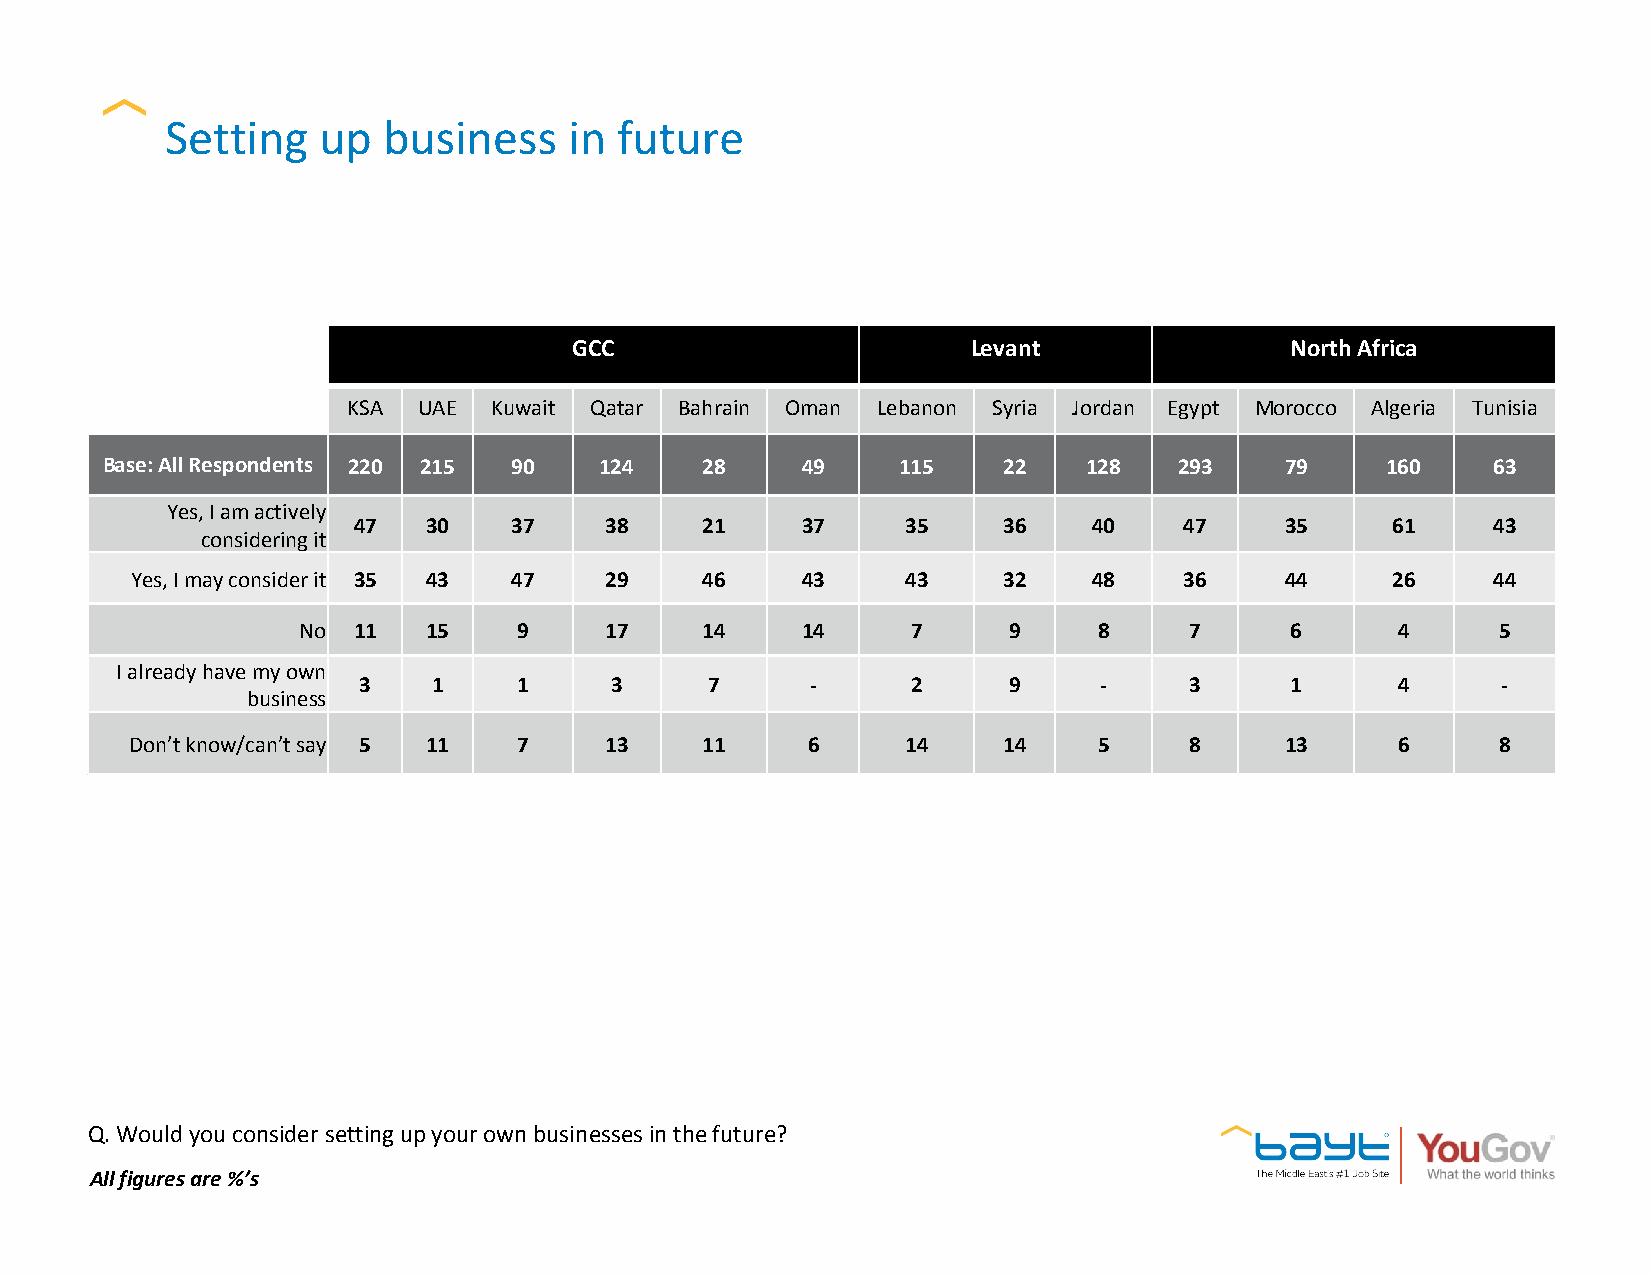
Setting   up  business     in future
 GCC                       Levant               North Africa
 KSA  UAE Kuwait Qatar Bahrain Oman Lebanon Syria Jordan Egypt Morocco Algeria Tunisia
 Base: All Respondents 220 215 90 124   28     49    115    22    128   293    79     160    63
 Yes, I am actively
 47   30    37    38    21     37     35    36    40    47     35     61     43
 considering it
 Yes, I may consider it 35 43 47 29   46     43     43    32    48    36     44     26     44
 No 11   15    9     17    14     14     7      9     8     7     6      4      5
 I already have my own
 3    1    1     3      7      -     2      9     -     3     1      4      -
 business
 Don’t know/can’t say 5 11 7    13    11     6      14    14     5     8     13     6      8
 Q. Would you consider setting up your own businesses in the future?
 All figures are %’s